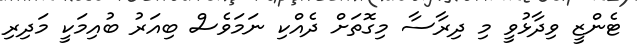
ޓެންޒީ ވިދާޅުވީ މި ދިރާސާ މިގޮތަށް ދެއްކި ނަމަވެސް ބިއަރު ބުއިމަކީ މަދިރި